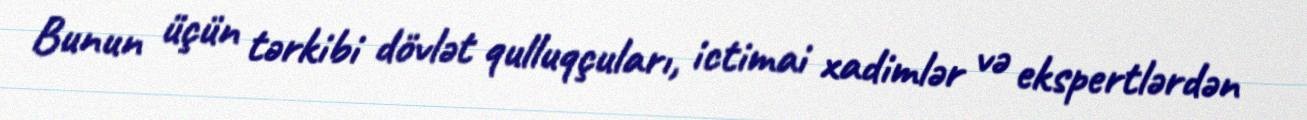
Bunun üçün tərkibi dövlət qulluqçuları, ictimai xadimlər və ekspertlərdən